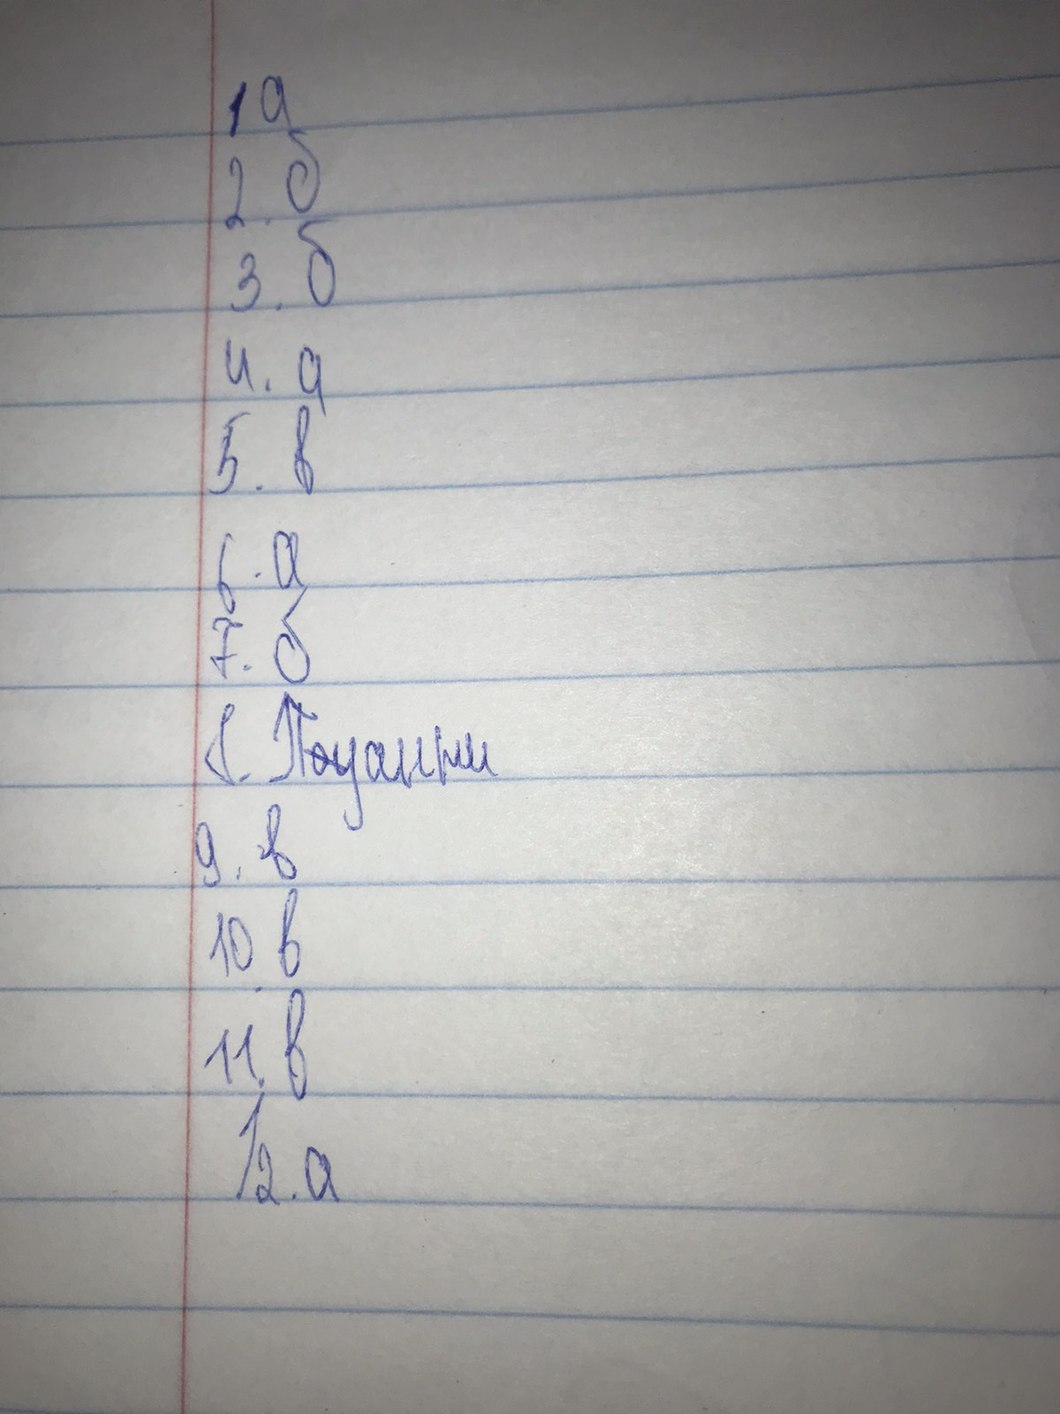
1 а
2.б
3.б
4.а
5. в
6.а
7.б
8. П~~о~~уанти
9.в
10.в
11.в
12.a